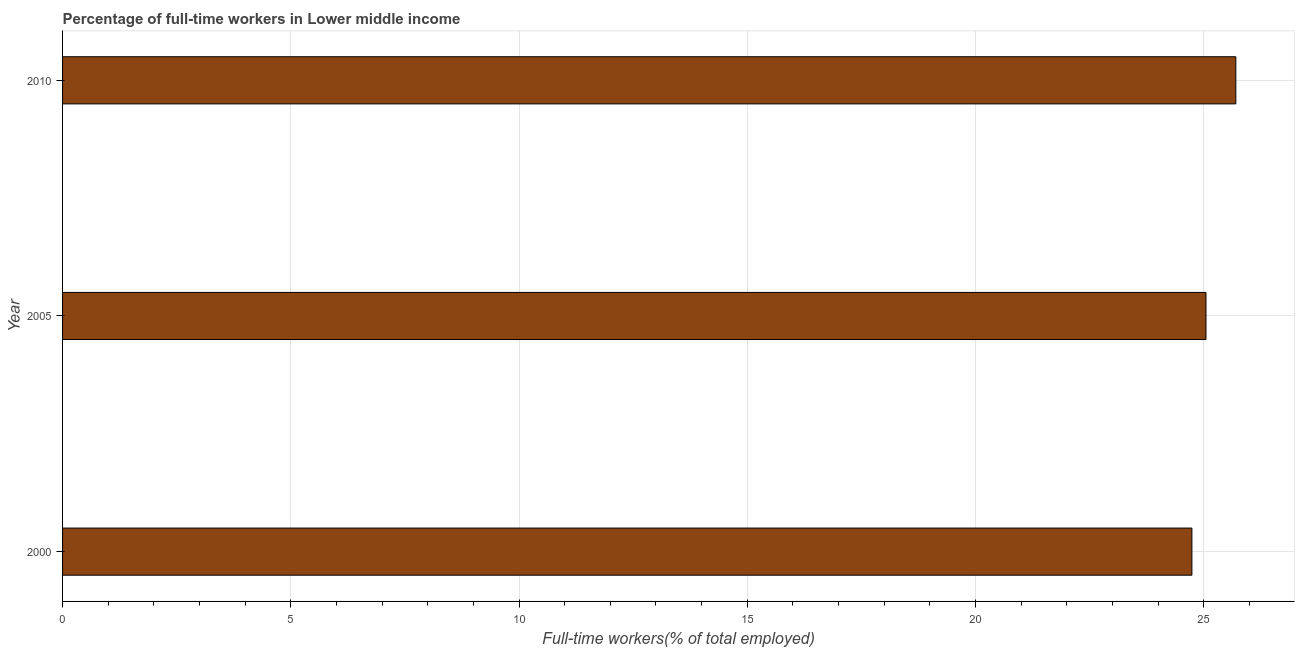
| Year | Wage and salaried workers |
 | --- | --- |
 | 2000 | 24.7 |
 | 2005 | 25.1 |
 | 2010 | 25.7 |